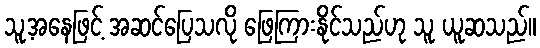
သူ့အနေဖြင့် အဆင်ပြေသလို ဖြေကြားနိုင်သည်ဟု သူ ယူဆသည်။